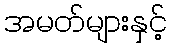
အမတ်များနှင့်